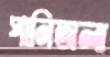
পানিঅলা